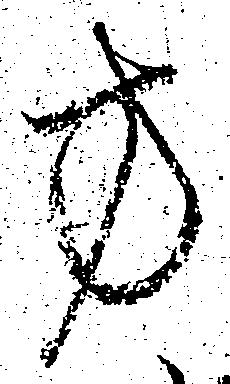
方